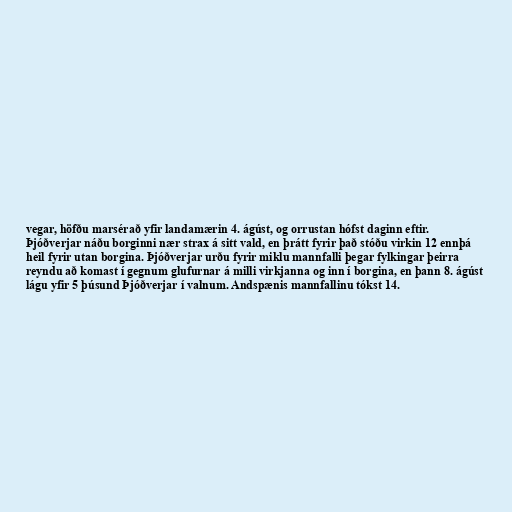
vegar, höfðu marsérað yfir landamærin 4. ágúst, og orrustan hófst daginn eftir.
Þjóðverjar náðu borginni nær strax á sitt vald, en þrátt fyrir það stóðu virkin 12 ennþá
heil fyrir utan borgina. Þjóðverjar urðu fyrir miklu mannfalli þegar fylkingar þeirra
reyndu að komast í gegnum glufurnar á milli virkjanna og inn í borgina, en þann 8. ágúst
lágu yfir 5 þúsund Þjóðverjar í valnum. Andspænis mannfallinu tókst 14.